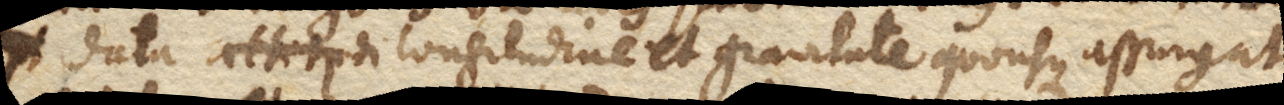
potest data longitudine et gravitate quousque assurgat